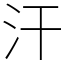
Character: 汗